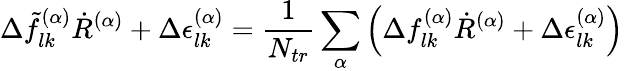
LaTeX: \Delta\tilde{f}_{lk}^{(\alpha)}\dot{R}^{(\alpha)}+\Delta\epsilon_{lk}^{(\alpha)}=\frac{1}{N_{tr}}\sum_{\alpha}\left(\Delta f_{lk}^{(\alpha)}\dot{R}^{(\alpha)}+\Delta\epsilon_{lk}^{(\alpha)}\right)